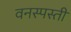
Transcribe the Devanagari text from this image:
वनस्पस्ती